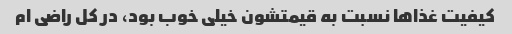
کیفیت غذاها نسبت به قیمتشون خیلی خوب بود، در کل راضی ام